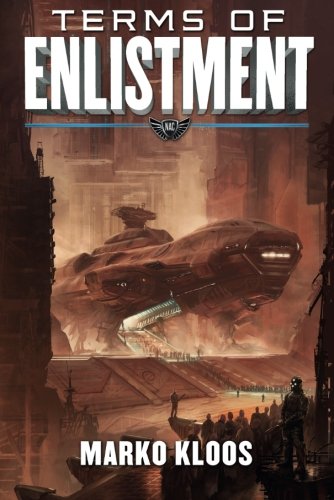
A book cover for Terms of Enlistment (Frontlines); Marko Kloos; Science Fiction & Fantasy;